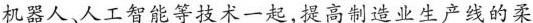
机器人、人工智能等技术一起,提高制造业生产线的柔